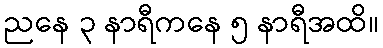
ညနေ ၃ နာရီကနေ ၅ နာရီအထိ။